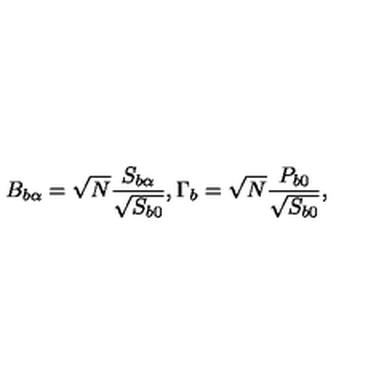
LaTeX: B _ { b \alpha } = \sqrt { N } \frac { S _ { b \alpha } } { \sqrt { S _ { b 0 } } } , \Gamma _ { b } = \sqrt { N } \frac { P _ { b 0 } } { \sqrt { S _ { b 0 } } } ,